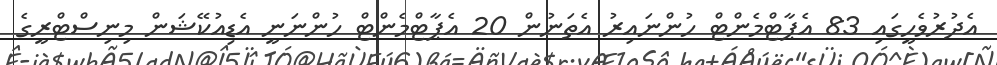
އެދުރުވެހީގައި 83 އެޕާޓްމެންޓް ހުންނައިރު އެތަނުން 20 އެޕާޓްމެންޓް ހުންނަނީ އެޑިއުކޭޝަން މިނިސްޓްރީގެ